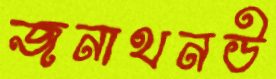
জনাথনউ